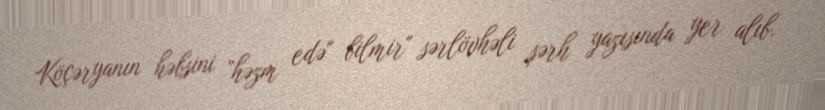
Köçəryanın həbsini ”həzm edə" bilmir" sərlövhəli şərh yazısında yer alıb.